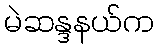
မဲဆန္ဒနယ်က